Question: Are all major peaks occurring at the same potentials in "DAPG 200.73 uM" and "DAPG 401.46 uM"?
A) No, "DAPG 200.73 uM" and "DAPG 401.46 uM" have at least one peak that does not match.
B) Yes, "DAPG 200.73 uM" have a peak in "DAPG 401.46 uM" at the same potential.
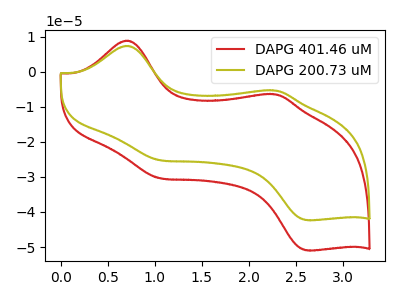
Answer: <think>The red curve "DAPG 401.46 uM" has anodic peaks at (0.70V, 8.85uA) (2.30V, -6.45uA) and cathodic peaks at (1.05V, -30.35uA) (2.65V, -50.95uA). The olive curve "DAPG 200.73 uM" has anodic peaks at (0.70V, 7.35uA) (2.30V, -5.35uA) and cathodic peaks at (1.05V, -25.20uA) (2.65V, -42.35uA).</think>
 <answer>B) Yes, "DAPG 200.73 uM" have a peak in "DAPG 401.46 uM" at the same potential.</answer>
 <eval>B</eval>